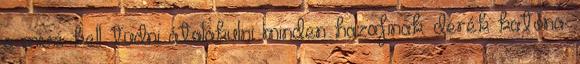
a mivé kell tudni átalakulni minden hazafinak: derék katona.